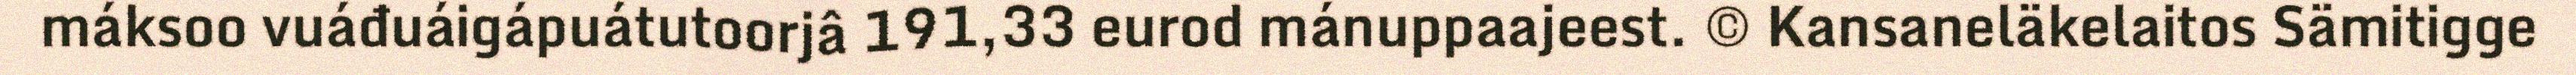
máksoo vuáđuáigápuátutoorjâ 191,33 eurod mánuppaajeest. © Kansaneläkelaitos Sämitigge